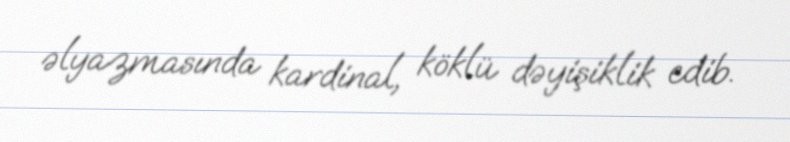
əlyazmasında kardinal, köklü dəyişiklik edib.